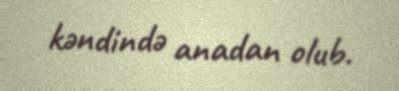
kəndində anadan olub.